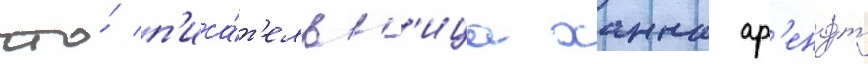
что́ п'иса́т'ельн'ица ханна ар'ендт